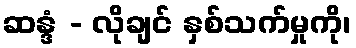
ဆန္ဒံ - လိုချင် နှစ်သက်မှုကို၊